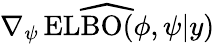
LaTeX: \widehat{\nabla_{\psi}\operatorname{ELBO}(\phi,\psi|y)}